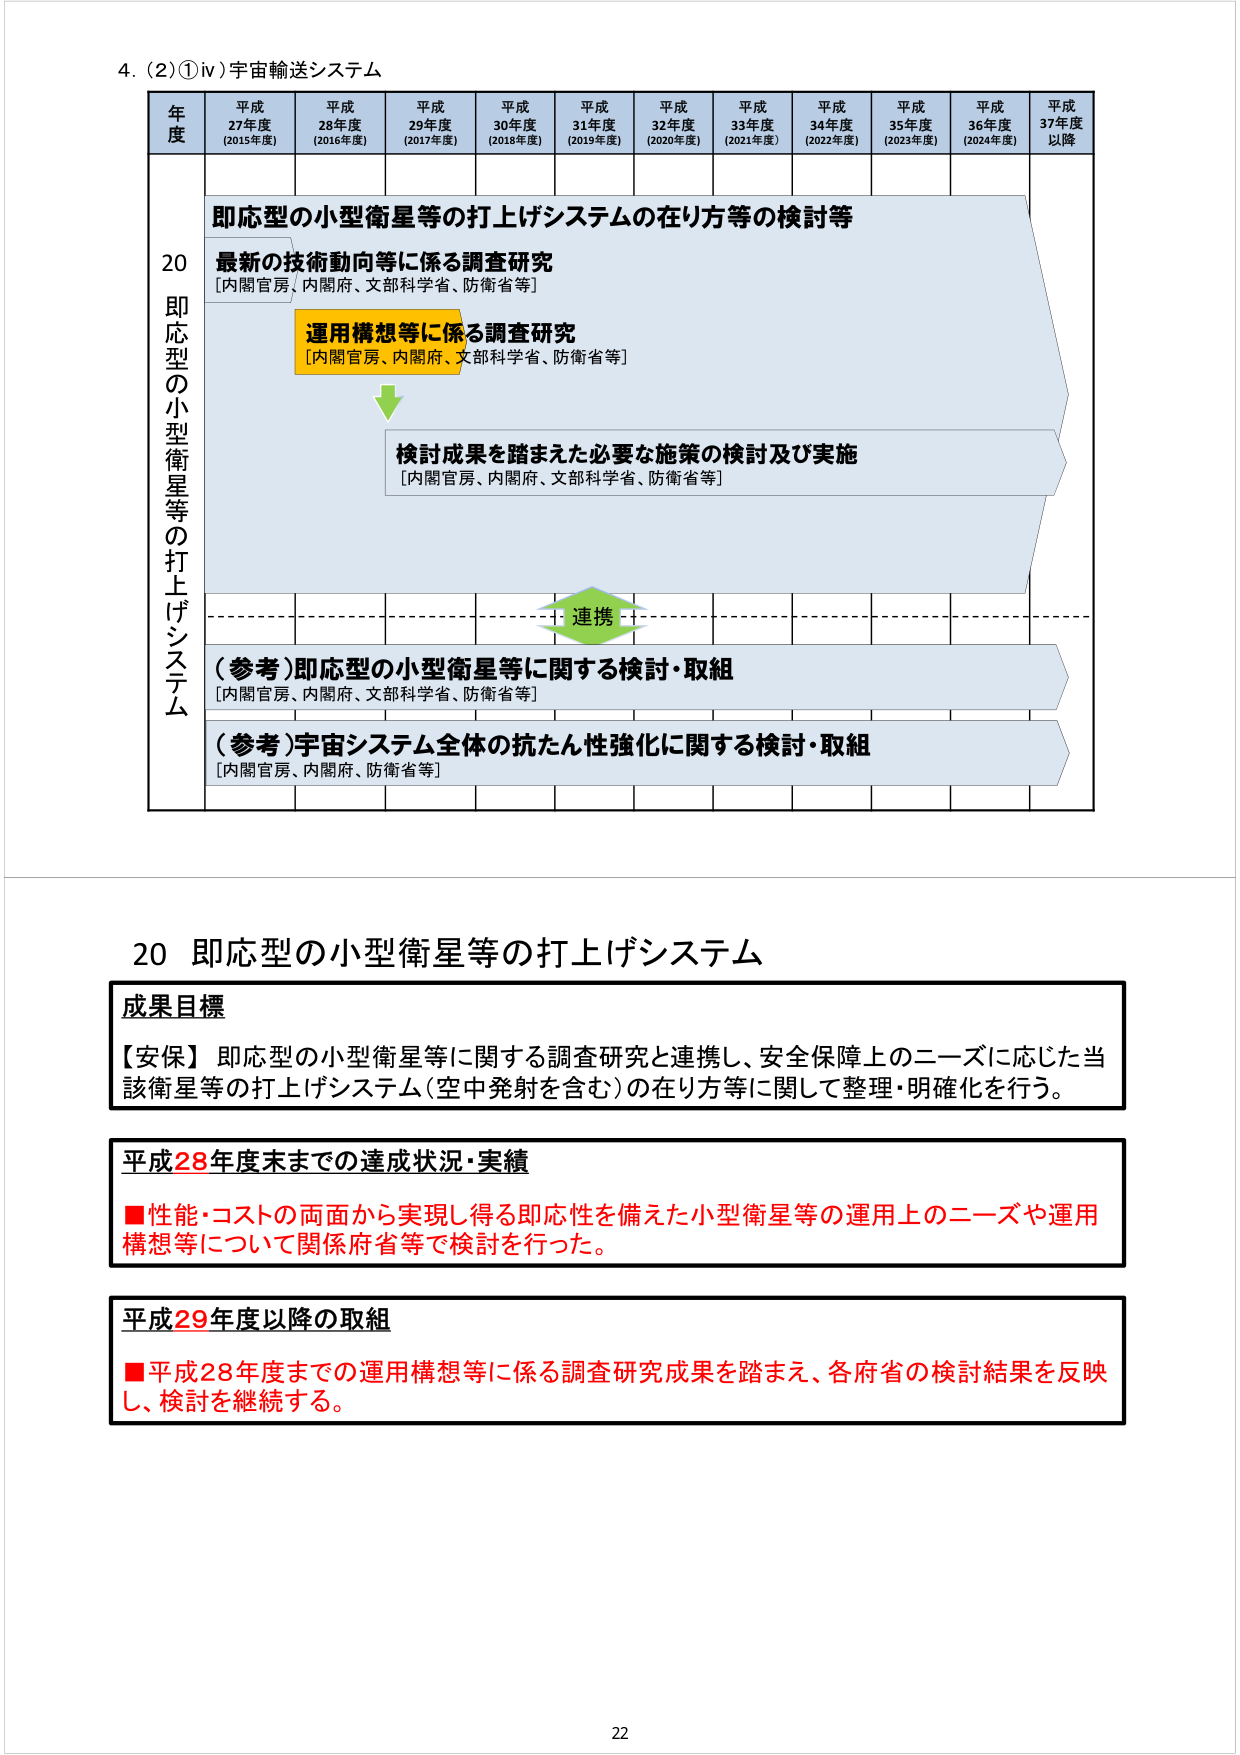
4. (2) ①ⅳ) 宇宙輸送システム

年度 平成27年度 (2015年度) 平成28年度 (2016年度) 平成29年度 (2017年度) 平成30年度 (2018年度) 平成31年度 (2019年度) 平成32年度 (2020年度) 平成33年度 (2021年度) 平成34年度 (2022年度) 平成35年度 (2023年度) 平成36年度 (2024年度) 平成37年度以降

20 即応型の小型衛星等の打上げシステム

即応型の小型衛星等の打上げシステムの在り方等の検討等

最新の技術動向等に係る調査研究
[内閣官房、内閣府、文部科学省、防衛省等]

運用構想等に係る調査研究
[内閣官房、内閣府、文部科学省、防衛省等]

検討成果を踏まえた必要な施策の検討及び実施
[内閣官房、内閣府、文部科学省、防衛省等]

連携

(参考)即応型の小型衛星等に関する検討・取組
[内閣官房、内閣府、文部科学省、防衛省等]

(参考)宇宙システム全体の抗たん性強化に関する検討・取組
[内閣官房、内閣府、防衛省等]

20 即応型の小型衛星等の打上げシステム

成果目標
【安保】即応型の小型衛星等に関する調査研究と連携し、安全保障上のニーズに応じた当該衛星等の打上げシステム（空中発射を含む）の在り方等に関して整理・明確化を行う。

平成28年度末までの達成状況・実績
■性能・コストの両面から実現し得る即応性を備えた小型衛星等の運用上のニーズや運用構想等について関係府省等で検討を行った。

平成29年度以降の取組
■平成28年度までの運用構想等に係る調査研究成果を踏まえ、各府省の検討結果を反映し、検討を継続する。

22